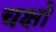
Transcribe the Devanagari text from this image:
चक्षो